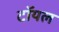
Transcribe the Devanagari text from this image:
टॉयल